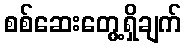
စစ်ဆေးတွေ့ရှိချက်